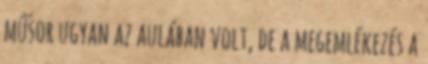
műsor ugyan az aulában volt, de a megemlékezés a